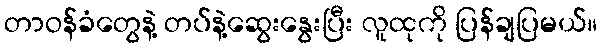
တာဝန်ခံတွေနဲ့ တပ်နဲ့ဆွေးနွေးပြီး လူထုကို ပြန်ချပြမယ်။